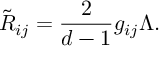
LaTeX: \tilde { R } _ { i j } = \frac 2 { d - 1 } g _ { i j } \Lambda .